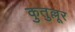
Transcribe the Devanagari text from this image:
कुतुल्लूर